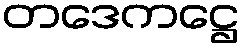
တဒေကဋ္ဌေ